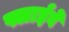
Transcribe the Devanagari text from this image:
फ्लाईवे